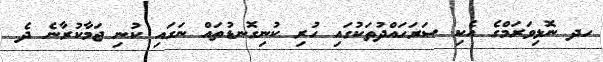
ހދ ނޮޅިވަރަމްގެ އެކި ސަރަހައްދުތަކުގައި ހުރި ކުނިގޮނޑުތައް ނަގައި ކުނި ޖަމާކުރާނެ ދެ